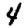
Digit: 4